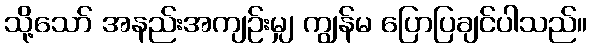
သို့သော် အနည်းအကျဉ်းမျှ ကျွန်မ ပြောပြချင်ပါသည်။